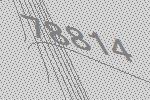
78814